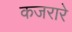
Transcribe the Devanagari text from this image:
कजरारे